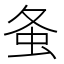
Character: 𧈸